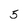
Character: 5